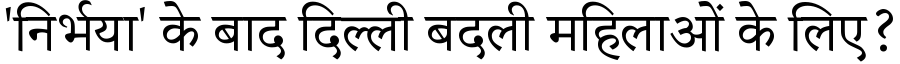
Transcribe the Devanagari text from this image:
'निर्भया' के बाद दिल्ली बदली महिलाओं के लिए?